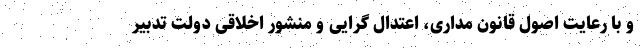
و با رعایت اصول قانون مداری، اعتدال گرایی و منشور اخلاقی دولت تدبیر